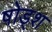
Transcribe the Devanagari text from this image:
षोड्श